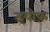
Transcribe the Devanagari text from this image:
इयोफ़